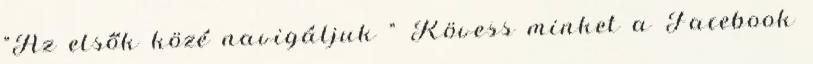
"Az elsők közé navigáljuk " Kövess minket a Facebook